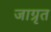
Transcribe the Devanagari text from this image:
जाग्रृत